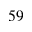
^ { 5 9 }